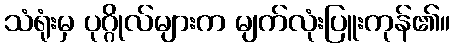
သံရုံးမှ ပုဂ္ဂိုလ်များက မျက်လုံးပြူးကုန်၏။